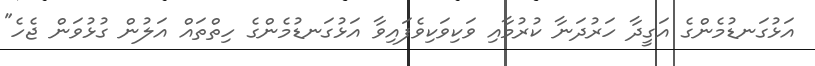
އަޅުގަނޑުމެންގެ އަގީދާ ހަރުދަނާ ކުރުމާއި ވަކިވަކިވެފައިވާ އަޅުގަނޑުމެންގެ ހިތްތައް އަލުން ގުޅުވަން ޖެހެ"